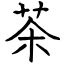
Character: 茶